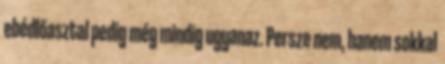
ebédlőasztal pedig még mindig ugyanaz. Persze nem, hanem sokkal